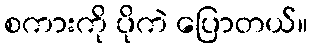
စကားကို ပိုကဲ ပြောတယ်။